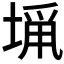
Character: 𭏁